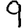
Digit: 9